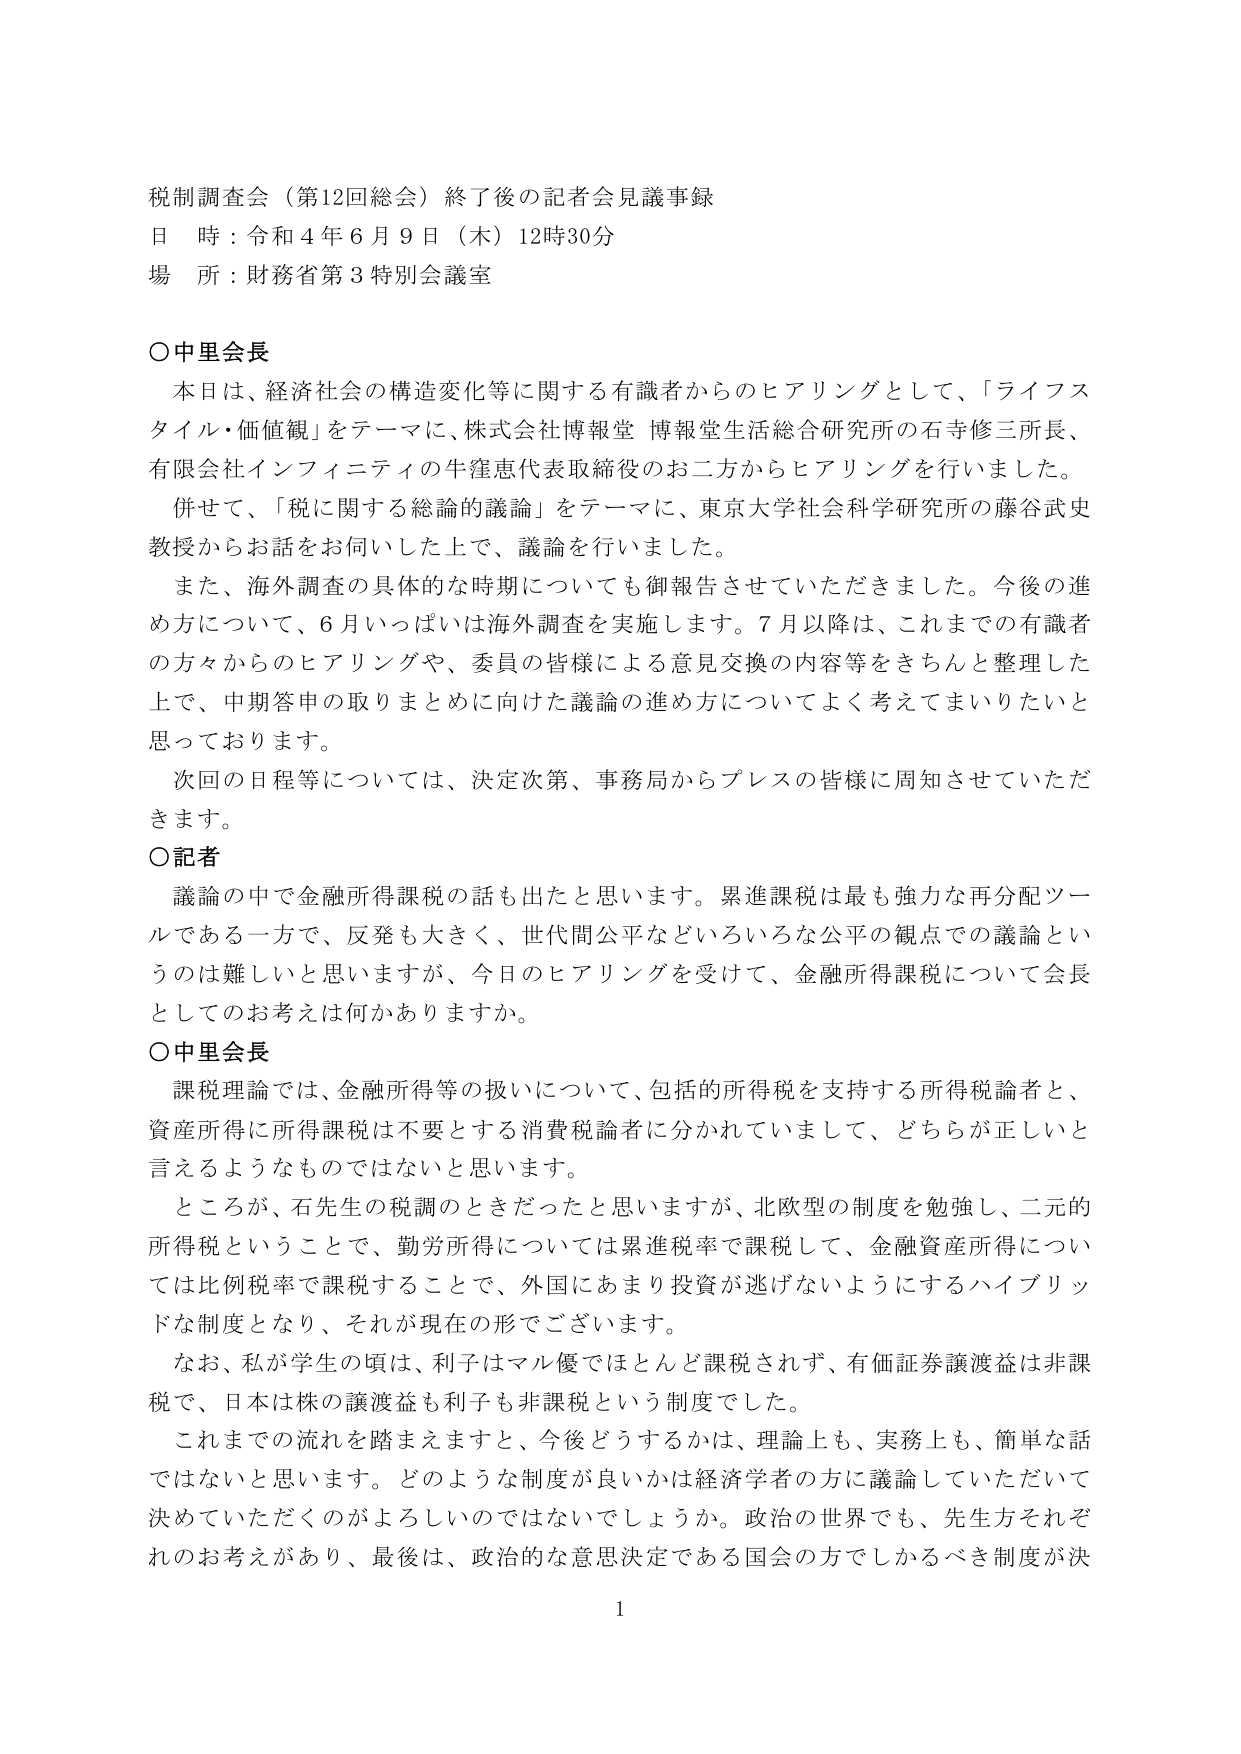
税制調査会（第12回総会）終了後の記者会見議事録
日 時：令和4年6月9日（木）12時30分
場 所：財務省第3特別会議室

○中里会長
　本日は、経済社会の構造変化等に関する有識者からのヒアリングとして、「ライフスタイル・価値観」をテーマに、株式会社博報堂 博報堂生活総合研究所の石寺修三所長、有限会社インフィニティの牛窪恵代表取締役のお二方からヒアリングを行いました。
　併せて、「税に関する総論的議論」をテーマに、東京大学社会科学研究所の藤谷武史教授からお話をお伺いした上で、議論を行いました。
　また、海外調査の具体的な時期についても御報告させていただきました。今後の進め方について、6月いっぱいは海外調査を実施します。7月以降は、これまでの有識者の方々からのヒアリングや、委員の皆様による意見交換の内容等をきちんと整理した上で、中期答申の取りまとめに向けた議論の進め方についてよく考えてまいりたいと思っています。
　次回の日程等については、決定次第、事務局からプレスの皆様に周知させていただきます。

○記者
　議論の中で金融所得課税の話も出たと思います。累進課税は最も強力な再分配ツールである一方で、反発も大きく、世代間公平などいろいろな公平の観点での議論というのは難しいと思いますが、今日のヒアリングを受けて、金融所得課税について会長としてのお考えは何かありますか。

○中里会長
　課税理論では、金融所得等の扱いについて、包括的所得税を支持する所得税論者と、資産所得に所得課税は不要とする消費税論者に分かれていますので、どちらが正しいと言えるようなものではないと思います。
　ところが、石先生の税調のときだったと思いますが、北欧型の制度を勉強し、二元的所得税ということで、勤労所得については累進税率で課税して、金融資産所得については比例税率で課税することで、外国にあまり投資が逃げないようにするハイブリッドな制度となり、それが現在の形でございます。
　なお、私が学生の頃は、利子はマル優でほとんど課税されず、有価証券譲渡益は非課税で、日本は株の譲渡益も利子も非課税という制度でした。
　これまでの流れを踏まえますと、今後どうするかは、理論上も、実務上も、簡単な話ではないと思います。どのような制度が良いかは経済学者の方に議論していただいて決めていただくのがよろしいのではないでしょうか。政治の世界でも、先生方それぞれのお考えがあり、最後は、政治的な意思決定である国会の方でしかるべき制度が決

1